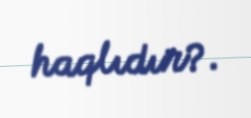
haqlıdır?.